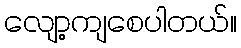
လျော့ကျစေပါတယ်။